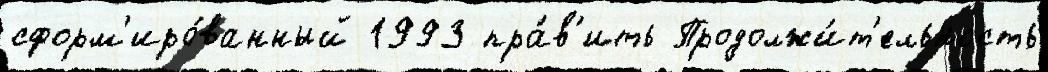
сформ'иро́ванный 1993 пра́в'ить Продолжи́т'ельность